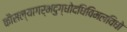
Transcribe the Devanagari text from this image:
कौसल्यागर्भदुग्धोदधिविमलविधो